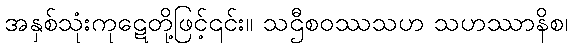
အနှစ်သုံးကုဋေတို့ဖြင့်၎င်း။ သဌီစဝဿသဟ သဟဿာနိစ၊